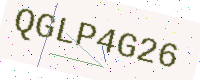
Text: QGLP4G26